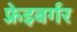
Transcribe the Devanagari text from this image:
फ़्रेइबर्गर